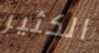
الكثير